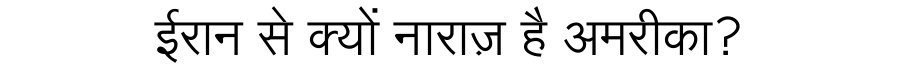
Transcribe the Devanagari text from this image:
ईरान से क्यों नाराज़ है अमरीका?